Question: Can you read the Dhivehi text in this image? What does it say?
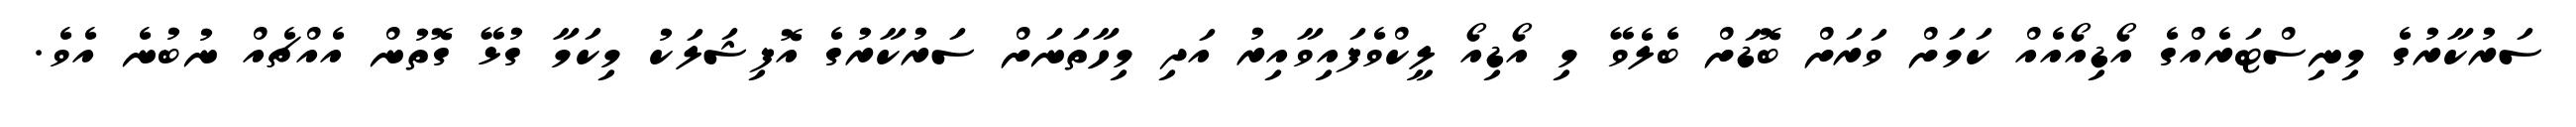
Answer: ސަރުކާރުގެ މިނިސްޓަރެއްގެ އޯޑިއޯއެއް ކަމަށް ވަރަށް ބޮޑަށް ބެލެވޭ މި އޯޑިއޯ ލީކްވެފައިވާއިރު އަދި މިހާތަނަށް ސަރުކާރުގެ އޮފިޝަލަކު މިކަމާ ގުޅޭ ގޮތުން އެއްޗެއް ނުބުނެ އެވެ.